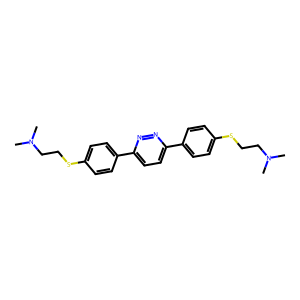
SMILES: CN(C)CCSc1ccc(-c2ccc(-c3ccc(SCCN(C)C)cc3)nn2)cc1
Inhibits HIV replication: Yes